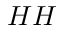
H H